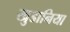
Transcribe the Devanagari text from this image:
खुडानिया